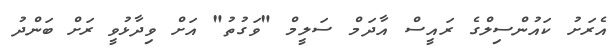
އެރަށު ކައުންސިލްގެ ރައީސް އާދަމް ސަލީމް "ވަގުތު" އަށް ވިދާޅުވީ ރަށް ބަންދު